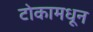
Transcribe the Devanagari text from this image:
टोकामधून